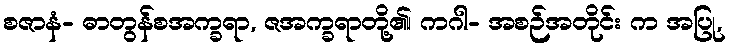
စဇာနံ- ဓာတွန်စအက္ခရာ, ဇအက္ခရာတို့၏၊ ကဂါ- အစဉ်အတိုင်း က အပြု,